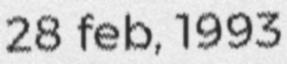
28 feb, 1993